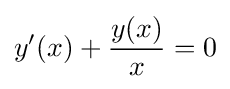
y'(x)+{\frac {y(x)}{x}}=0